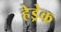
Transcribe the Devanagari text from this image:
हेड्रेक